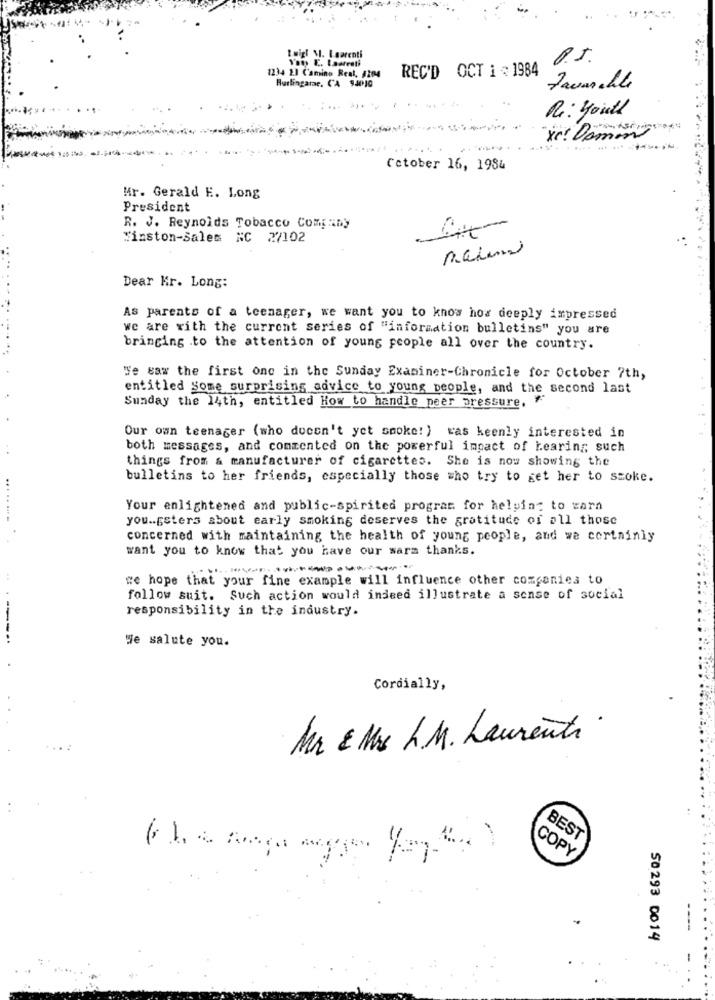
Ruigl MI. I sarenti
.5.
REC'D OCT i = 1984
2234 El Camino Real. #204
Hurlingarac. CA 94010
Famille
Re: youll
-----
Xr! Domin
Cetober 16, 1984
Mr. Gerald E. Long
President
R. J. Reynolds Tobacco Company
Winston-Salem NC 2/102
Dear Kr. Long:
As parents of a teenager, we want you to know hos deeply impressed
we are with the current series of "information bulletins" you are
bringing to the attention of young people all over the country.
Te saw the first one in the Sunday Examiner-Chronicle for October 7th,
entitled Some surprising advice to young people, and the second last
Sunday the 14th, entitled How to handle peer pressure, "
Our own teenager (who docon't yet smoke! ) was keenly interested in
both messages, and commented on the powerful impact of hearing such
things from & manufacturer of cigarettes. She is now showing the
bulletins to her friends, especially those who try to get her to szoke.
Your enlightened and public-spirited program for helping to Earn
you .. gsters about early smoking deserves the gratitude of all those
concerned with maintaining the health of young people, and we certainly
want you to know that you have our warm thanks.
we hope that your fine example will influence other companies to
follow suit. Such action would indeed illustrate a sense of social
responsibility in the industry.
------
We salute you.
Cordially,
Mr & Mrs L.M. Laurenti
BEST
COPY
50293 0014